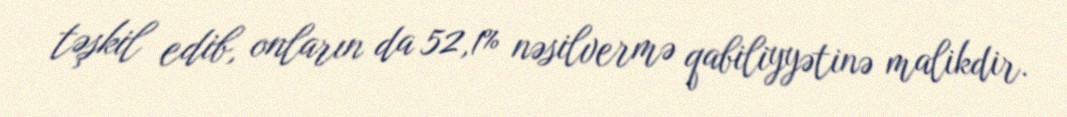
təşkil edib, onların da 52,1% nəsilvermə qabiliyyətinə malikdir.